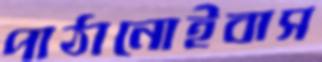
পাঠানোইবাস